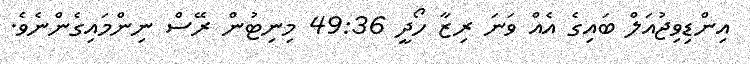
އިންޑިވިޖުއަލް ބައިގެ އެއް ވަނަ ރިޒާ ހޯދީ 49:36 މިނިޓުން ރޭސް ނިންމައިގެންނެވެ.